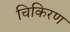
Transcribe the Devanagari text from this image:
चिकिरण